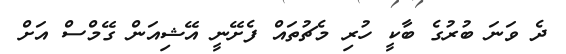
ދެ ވަނަ ބުރުގެ ބާކީ ހުރި މެޗުތައް ފެށޭނީ އޭޝިއަން ގޭމްސް އަށް